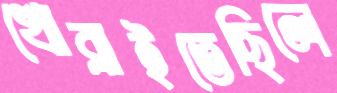
খোব্‌লাইতেছিলে